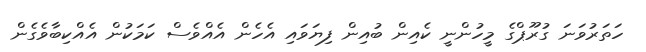
ހަތަރުވަނަ ގުރޫޕްގެ މީހުންނީ ކެއިން ބުއިން ފިޔަވައި އެހެން އެއްވެސް ކަމަކުން އެއްކިބާވެގެން